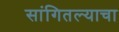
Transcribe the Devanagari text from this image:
सांगितल्याचा